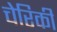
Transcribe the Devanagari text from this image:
चेरिकी